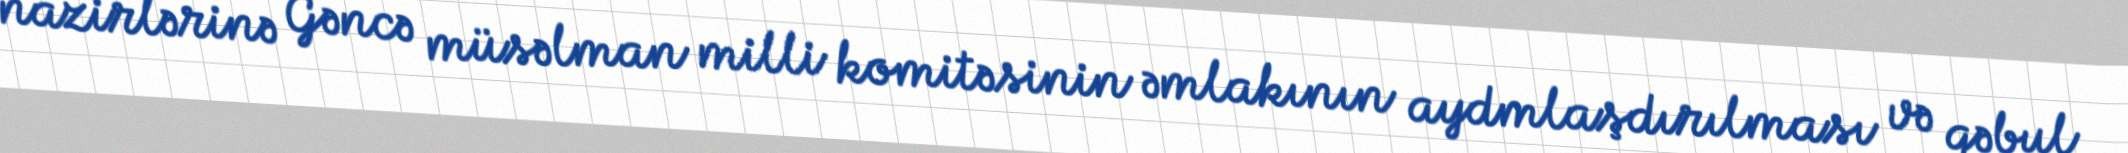
nazirlərinə Gəncə müsəlman milli komitəsinin əmlakının aydmlaşdırılması və qəbul